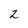
Character: 2